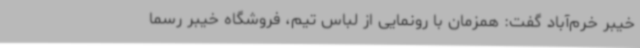
خیبر خرم‌آباد گفت: همزمان با رونمایی از لباس تیم، فروشگاه خیبر رسماً